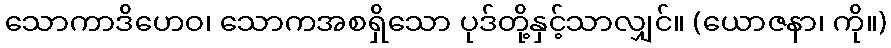
သောကာဒိဟေဝ၊ သောကအစရှိသော ပုဒ်တို့နှင့်သာလျှင်။ (ယောဇနာ၊ ကို။)